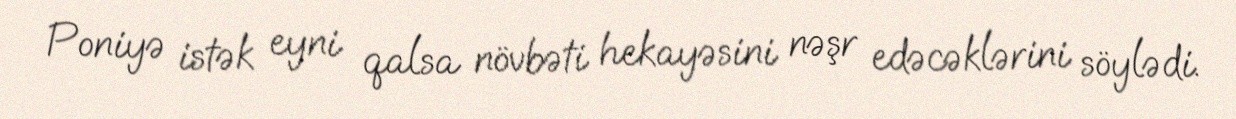
Poniyə istək eyni qalsa növbəti hekayəsini nəşr edəcəklərini söylədi.